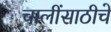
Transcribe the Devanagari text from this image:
चालींसाठीचे